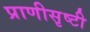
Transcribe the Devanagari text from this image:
प्राणीसृष्टी